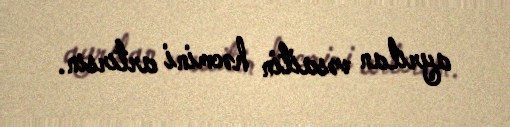
ayrılan vəsaitin həcmini artırsın.